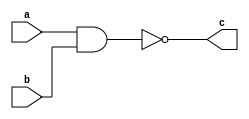
`timescale 1ns / 1ps
//////////////////////////////////////////////////////////////////////////////////
// Company: 
// Engineer: 
// 
// Design Name: 
// Module Name: nand_1
// Project Name: 
// Target Devices: 
// Tool Versions: 
// Description: 
// 
// Dependencies: 
// 
// Revision:
// Revision 0.01 - File Created
// Additional Comments:
// 
//////////////////////////////////////////////////////////////////////////////////


module nand_1(a,b,c);
input a,b;
output c;
assign c=~(a&b);
endmodule